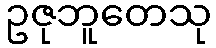
ဥဇုဘူတေသု